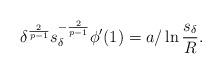
LaTeX: \begin{align*}\delta^{\frac{2}{p-1}}s_\delta^{-\frac{2}{p-1}}\phi'(1)=a/\ln\frac{s_\delta}{R}.\end{align*}